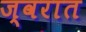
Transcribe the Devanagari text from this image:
ज्वरात